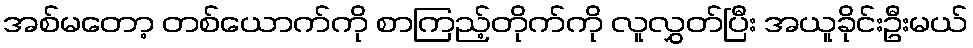
အစ်မတော့ တစ်ယောက်ကို စာကြည့်တိုက်ကို လူလွှတ်ပြီး အယူခိုင်းဦးမယ်